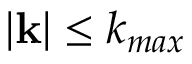
| { \bf k } | \le k _ { m a x }